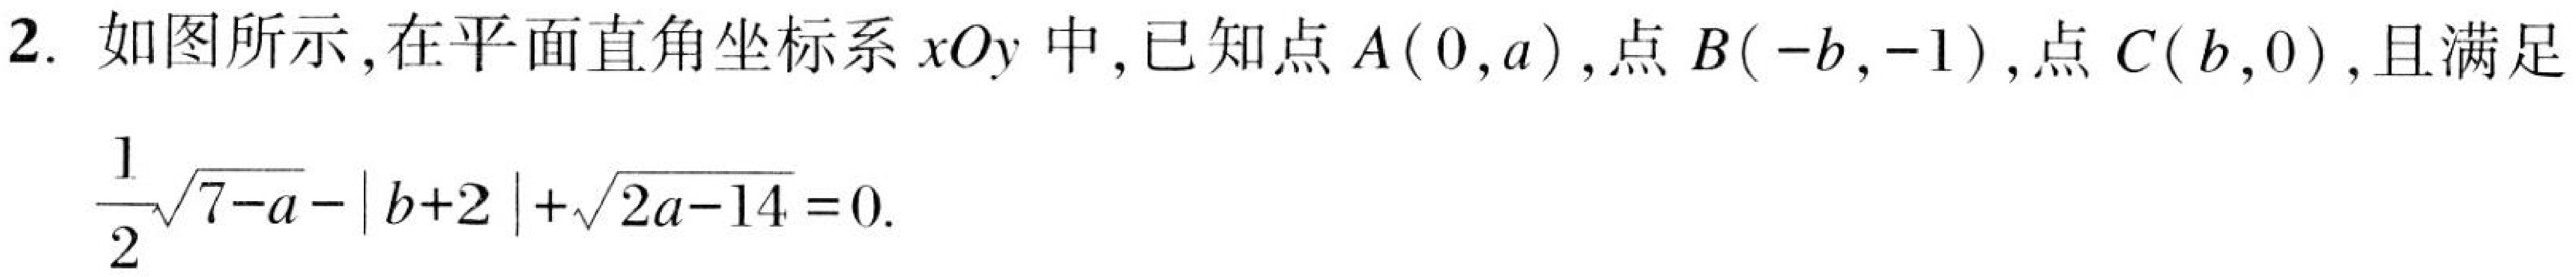
2. 如图所示，在平面直角坐标系\(xOy\)中，已知点\(A(0,a)\)，点\(B(-b,-1)\)，点\(C(b,0)\)，且满足\(\frac{1}{2}\sqrt{7 - a}-|b + 2|+\sqrt{2a - 14}=0\).